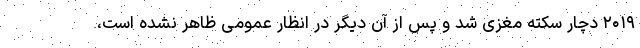
۲۰۱۹ دچار سکته مغزی شد و پس از آن دیگر در انظار عمومی ظاهر نشده است،